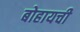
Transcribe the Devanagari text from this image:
बोहायची